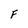
Character: F